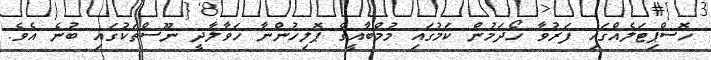
ހޮސްޕިޓަލެއްގައި ފަރުވާ ހޯދަމުން ކަމުގައި މުމްބާއީގެ ޕޮލިހުންނާ ހަވާލާދީ ނޫސްތަކުގައި ބުނެ އެވެ.